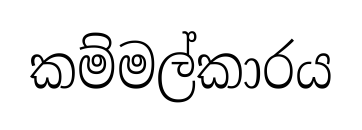
කම්මල්කාරය